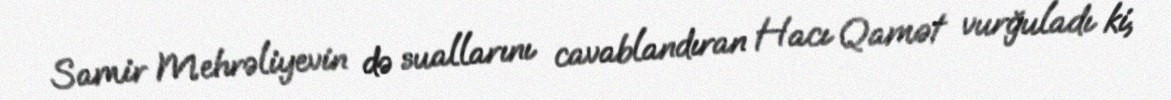
Samir Mehrəliyevin də suallarını cavablandıran Hacı Qamət vurğuladı ki,